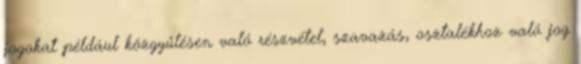
jogokat például közgyűlésen való részvétel, szavazás, osztalékhoz való jog